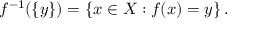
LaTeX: f ^ { - 1 } ( \{ y \} ) = \left\{ x \in X : f ( x ) = y \right\} .